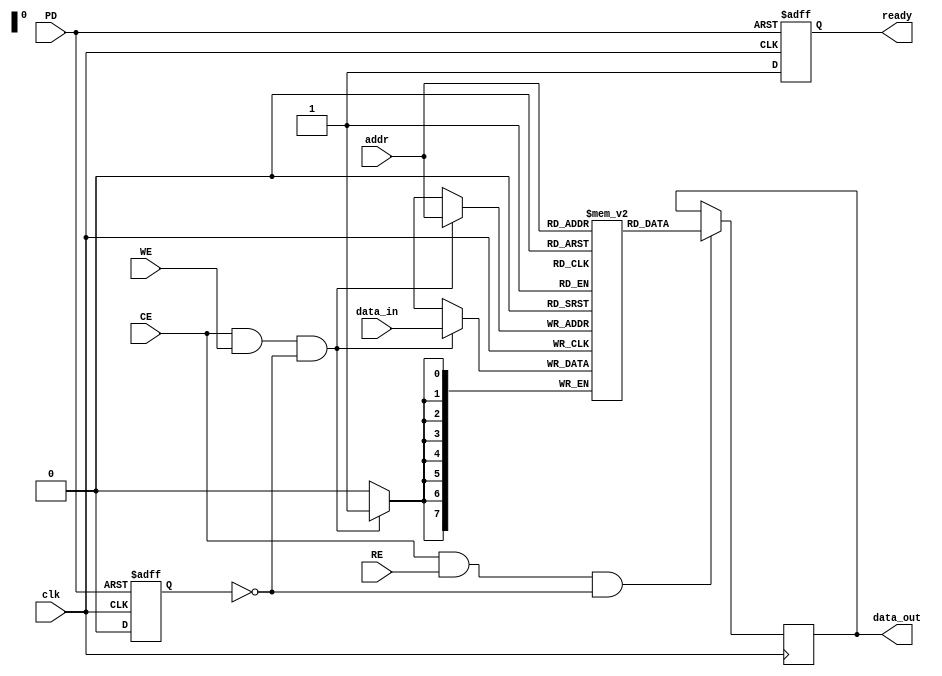
module NVSRAM #(
    parameter DATA_WIDTH = 8,  // Data width (8-bit, 16-bit, 32-bit, etc.)
    parameter ADDR_WIDTH = 8,   // Address width
    parameter MEM_SIZE = 256     // Number of memory locations
)(
    input wire clk,              // Clock signal
    input wire CE,               // Chip Enable
    input wire WE,               // Write Enable
    input wire RE,               // Read Enable
    input wire PD,               // Power Down
    input wire [ADDR_WIDTH-1:0] addr,  // Address input
    input wire [DATA_WIDTH-1:0] data_in, // Data input
    output reg [DATA_WIDTH-1:0] data_out, // Data output
    output reg ready             // Ready signal
);

// Memory array declaration
reg [DATA_WIDTH-1:0] memory [0:MEM_SIZE-1]; // SRAM array

// Internal signal for power-down state
reg power_down_state;

// Power management: Detect power-down and trigger non-volatile write
always @(posedge clk or negedge PD) begin
    if (!PD) begin
        // Initiate non-volatile write process (simplified)
        // Store SRAM state in non-volatile mechanism
        // This is a placeholder for actual non-volatile write logic
        ready <= 1'b0; // Indicate not ready during power down
        power_down_state <= 1'b1; // Set power down state
    end else begin
        // Reset power down state
        power_down_state <= 1'b0;
        ready <= 1'b1; // Indicate ready
    end
end

// Read operation
always @(posedge clk) begin
    if (CE && RE && !power_down_state) begin
        data_out <= memory[addr]; // Output data from memory
    end
end

// Write operation
always @(posedge clk) begin
    if (CE && WE && !power_down_state) begin
        memory[addr] <= data_in; // Write data to memory
        // Here you would also trigger the non-volatile element
        // to store the current state (not implemented)
    end
end

// Optional: Built-in self-test (BIST) functionality can be added here
// Optional: Error correction codes (ECC) or wear leveling algorithms can be implemented as needed

endmodule